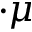
\cdot \mu